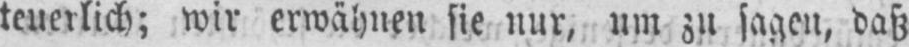
teuerlich; wir erwähnen sie nur, um zu sagen, daß